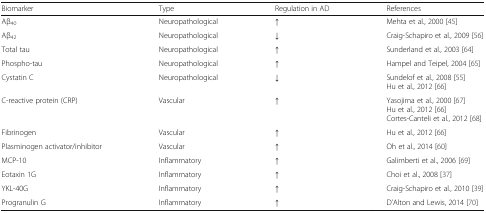
<table><thead><tr><td><b>Biomarker</b></td><td><b>Type</b></td><td><b>Regulation in AD</b></td><td><b>References</b></td></tr></thead><tbody><tr><td>Aβ<sub>40</sub></td><td>Neuropathological</td><td>↑</td><td>Mehta et al., 2000 [45]</td></tr><tr><td>Aβ<sub>42</sub></td><td>Neuropathological</td><td>↓</td><td>Craig-Schapiro et al., 2009 [56]</td></tr><tr><td>Total tau</td><td>Neuropathological</td><td>↑</td><td>Sunderland et al., 2003 [64]</td></tr><tr><td>Phospho-tau</td><td>Neuropathological</td><td>↑</td><td>Hampel and Teipel, 2004 [65]</td></tr><tr><td>Cystatin C</td><td>Neuropathological</td><td>↓</td><td>Sundelof et al., 2008 [55]Hu et al., 2012 [66]</td></tr><tr><td>C-reactive protein (CRP)</td><td>Vascular</td><td>↑</td><td>Yasojima et al., 2000 [67]Hu et al., 2012 [66]Cortes-Canteli et al., 2012 [68]</td></tr><tr><td>Fibrinogen</td><td>Vascular</td><td>↑</td><td>Hu et al., 2012 [66]</td></tr><tr><td>Plasminogen activator/inhibitor</td><td>Vascular</td><td>↑</td><td>Oh et al., 2014 [60]</td></tr><tr><td>MCP-10</td><td>Inflammatory</td><td>↑</td><td>Galimberti et al., 2006 [69]</td></tr><tr><td>Eotaxin 1G</td><td>Inflammatory</td><td>↑</td><td>Choi et al., 2008 [37]</td></tr><tr><td>YKL-40G</td><td>Inflammatory</td><td>↑</td><td>Craig-Schapiro et al., 2010 [39]</td></tr><tr><td>Progranulin G</td><td>Inflammatory</td><td>↑</td><td>D’Alton and Lewis, 2014 [70]</td></tr></tbody></table>